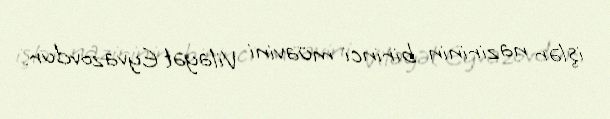
işlər nazirinin birinci müavini Vilayət Eyvazovdur.